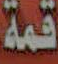
قمة